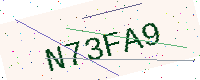
Text: N73FA9